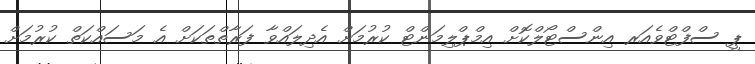
ޕީ ސްފްޓްވެއަރ އިންސްޓޯލްކޮށް އިމްޕްލިމަންޓް ކުރުމަށް އެދިލައްވާ ފަރާތްތަކަށް އެ މަސައްކަތް ކުރުމަށް